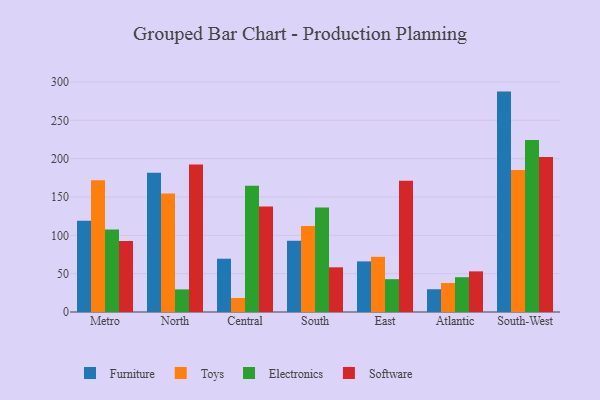
{"axis": {"x": "Region", "y": "Waste Production (Tons)"}, "legend": ["Electronics", "Furniture", "Software", "Toys"], "data": [{"x": "Metro", "y": 119.0, "type": "Furniture"}, {"x": "Metro", "y": 171.8, "type": "Toys"}, {"x": "Metro", "y": 107.5, "type": "Electronics"}, {"x": "Metro", "y": 92.7, "type": "Software"}, {"x": "North", "y": 181.7, "type": "Furniture"}, {"x": "North", "y": 154.5, "type": "Toys"}, {"x": "North", "y": 29.5, "type": "Electronics"}, {"x": "North", "y": 192.4, "type": "Software"}, {"x": "Central", "y": 69.5, "type": "Furniture"}, {"x": "Central", "y": 18.3, "type": "Toys"}, {"x": "Central", "y": 164.7, "type": "Electronics"}, {"x": "Central", "y": 137.6, "type": "Software"}, {"x": "South", "y": 93.0, "type": "Furniture"}, {"x": "South", "y": 112.3, "type": "Toys"}, {"x": "South", "y": 136.2, "type": "Electronics"}, {"x": "South", "y": 58.3, "type": "Software"}, {"x": "East", "y": 66.0, "type": "Furniture"}, {"x": "East", "y": 72.0, "type": "Toys"}, {"x": "East", "y": 42.8, "type": "Electronics"}, {"x": "East", "y": 171.1, "type": "Software"}, {"x": "Atlantic", "y": 29.7, "type": "Furniture"}, {"x": "Atlantic", "y": 37.8, "type": "Toys"}, {"x": "Atlantic", "y": 45.4, "type": "Electronics"}, {"x": "Atlantic", "y": 53.0, "type": "Software"}, {"x": "South-West", "y": 287.5, "type": "Furniture"}, {"x": "South-West", "y": 185.1, "type": "Toys"}, {"x": "South-West", "y": 224.3, "type": "Electronics"}, {"x": "South-West", "y": 202.2, "type": "Software"}]}